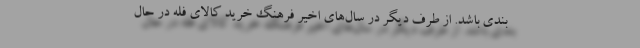
بندی باشد. از طرف دیگر در سال‌های اخیر فرهنگ خرید کالای فله در حال